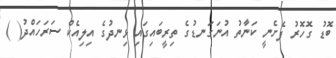
ބޮޑު ގޮހޮރު ފެށެނީ ކަނާތު އުނަގަނޑުގެ ތިރީބައިގައި ޅިނދުގެ އިލިއެކް ސަރަހައްދު( )